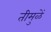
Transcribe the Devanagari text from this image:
तीमुळें